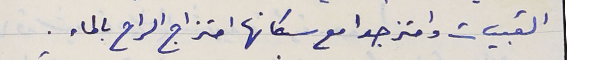
القبيات وامتزجوا مع سكانها امتزاج الراح بالماء.